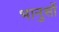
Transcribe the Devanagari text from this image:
भानुसों